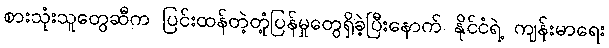
စားသုံးသူတွေဆီက ပြင်းထန်တဲ့တုံ့ပြန်မှုတွေရှိခဲ့ပြီးနောက် နိုင်ငံရဲ့ ကျန်းမာရေး